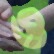
ও